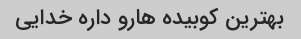
بهترین کوبیده هارو داره خدایی